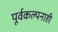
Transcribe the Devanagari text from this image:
पूर्वकल्पनाही